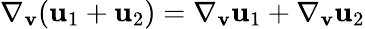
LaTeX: \nabla_{\mathbf{v}}(\mathbf{u}_{1}+\mathbf{u}_{2})=\nabla_{\mathbf{v}}\mathbf{u}_{1}+\nabla_{\mathbf{v}}\mathbf{u}_{2}